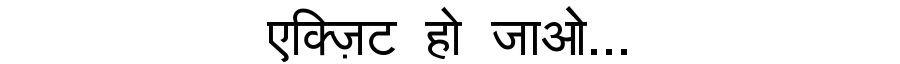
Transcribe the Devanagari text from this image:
एक्ज़िट हो जाओ...